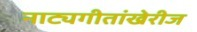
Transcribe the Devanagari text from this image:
नाट्यगीतांखेरीज